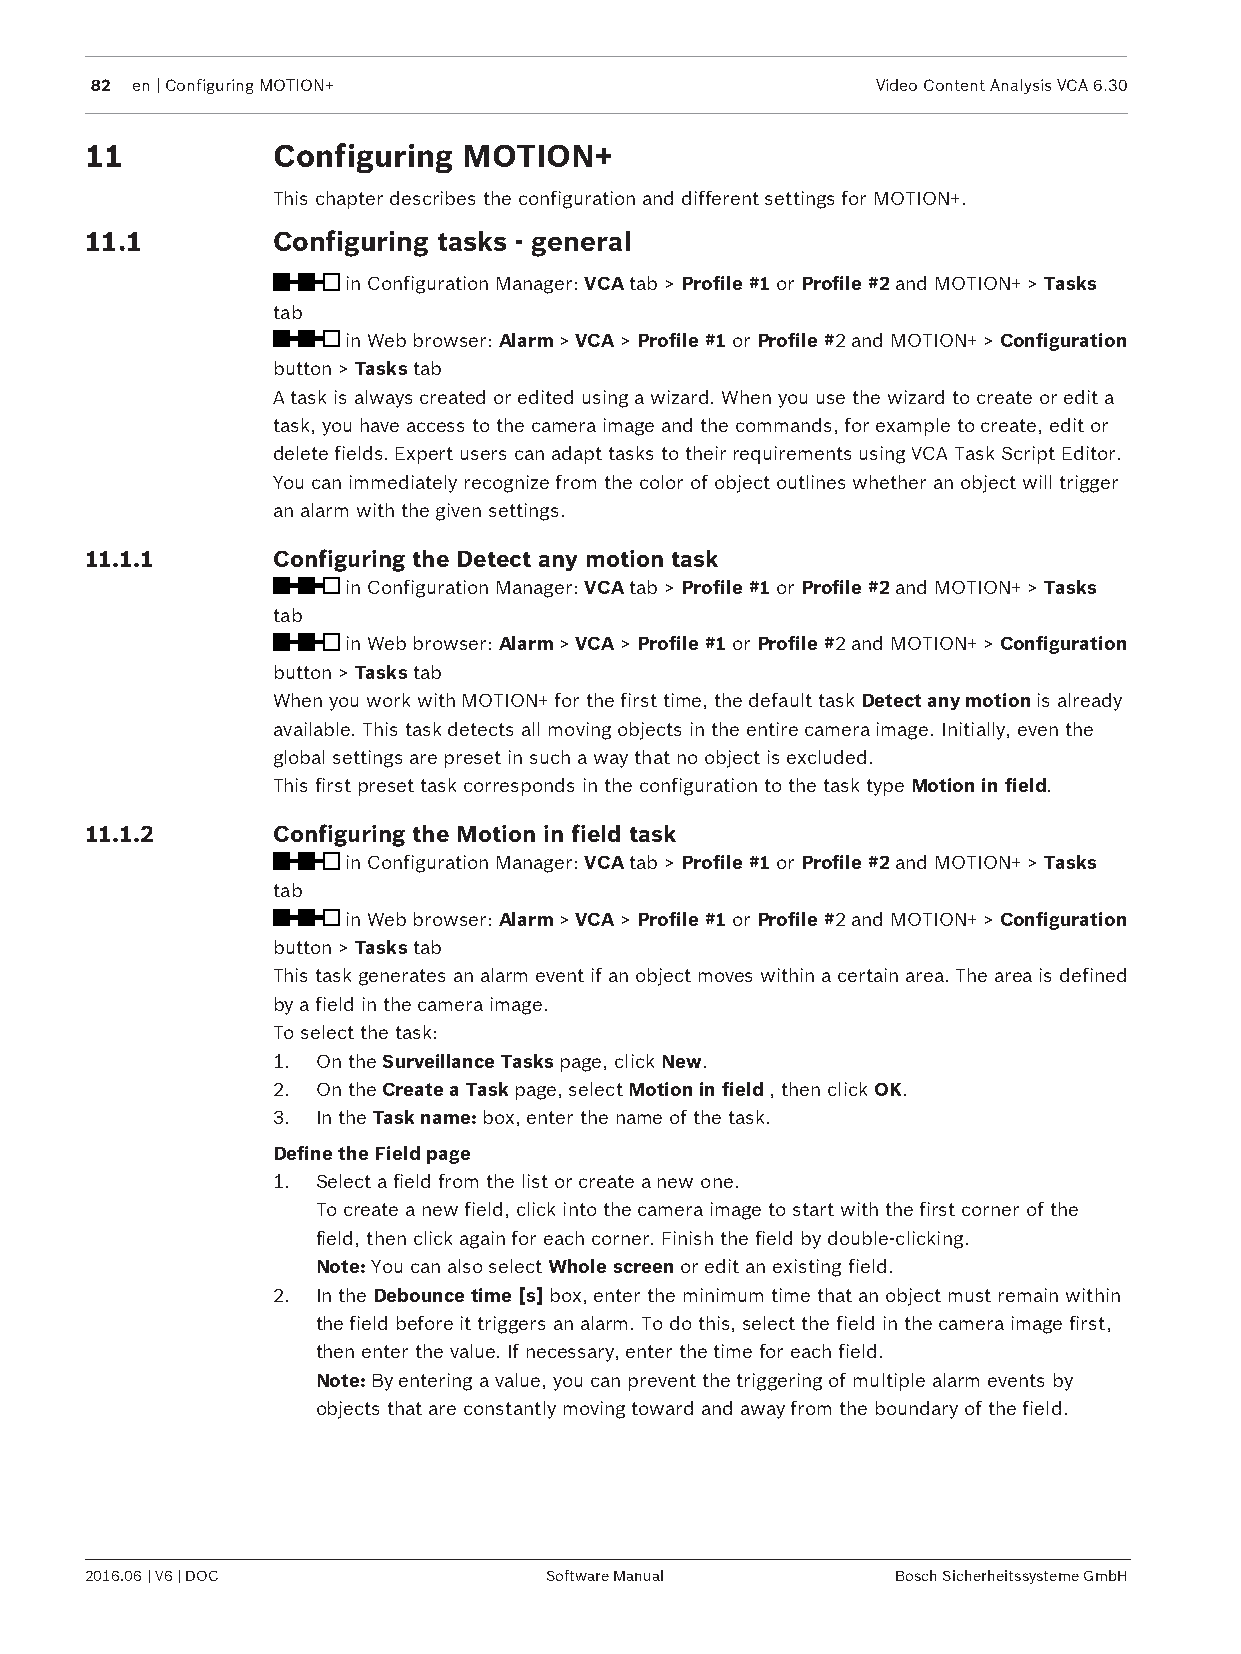
82 en | Configuring MOTION+                         Video Content Analysis VCA 6.30
 11          Configuring  MOTION+
 This chapter describes the configuration and different settings for MOTION+.
 11.1        Configuring tasks - general
 in Configuration Manager: VCA tab > Profile #1 or Profile #2 and MOTION+ > Tasks
 tab
 in Web browser: Alarm > VCA > Profile #1 or Profile #2 and MOTION+ > Configuration
 button > Tasks tab
 A task is always created or edited using a wizard. When you use the wizard to create or edit a
 task, you have access to the camera image and the commands, for example to create, edit or
 delete fields. Expert users can adapt tasks to their requirements using VCA Task Script Editor.
 You can immediately recognize from the color of object outlines whether an object will trigger
 an alarm with the given settings.
 11.1.1      Configuring the Detect any motion task
 in Configuration Manager: VCA tab > Profile #1 or Profile #2 and MOTION+ > Tasks
 tab
 in Web browser: Alarm > VCA > Profile #1 or Profile #2 and MOTION+ > Configuration
 button > Tasks tab
 When you work with MOTION+ for the first time, the default task Detect any motion is already
 available. This task detects all moving objects in the entire camera image. Initially, even the
 global settings are preset in such a way that no object is excluded.
 This first preset task corresponds in the configuration to the task type Motion in field.
 11.1.2      Configuring the Motion in field task
 in Configuration Manager: VCA tab > Profile #1 or Profile #2 and MOTION+ > Tasks
 tab
 in Web browser: Alarm > VCA > Profile #1 or Profile #2 and MOTION+ > Configuration
 button > Tasks tab
 This task generates an alarm event if an object moves within a certain area. The area is defined
 by a field in the camera image.
 To select the task:
 1. On the Surveillance Tasks page, click New.
 2. On the Create a Task page, select Motion in field , then click OK.
 3. In the Task name: box, enter the name of the task.
 Define the Field page
 1. Select a field from the list or create a new one.
 To create a new field, click into the camera image to start with the first corner of the
 field, then click again for each corner. Finish the field by double-clicking.
 Note: You can also select Whole screen or edit an existing field.
 2. In the Debounce time [s] box, enter the minimum time that an object must remain within
 the field before it triggers an alarm. To do this, select the field in the camera image first,
 then enter the value. If necessary, enter the time for each field.
 Note: By entering a value, you can prevent the triggering of multiple alarm events by
 objects that are constantly moving toward and away from the boundary of the field.
 2016.06 | V6 | DOC            Software Manual        Bosch Sicherheitssysteme GmbH